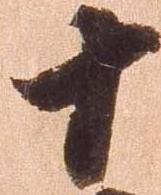
十